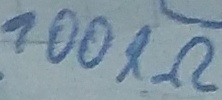
Text: 100KΩ